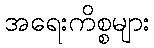
အရေးကိစ္စများ